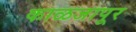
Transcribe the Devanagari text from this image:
काळजापूर